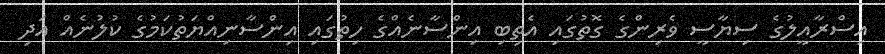
އިސްރާއީލުގެ ސިޔާސީ ވެރިންގެ ގޮތުގައި އެތިބި އިންސާނެއްގެ ހިތުގައި އިންސާނިއްޔަތުކަމުގެ ކުލުނެއް އަދި